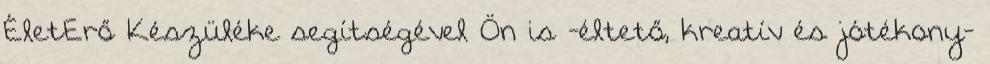
ÉletErő Készüléke segítségével Ön is -éltető, kreatív és jótékony-